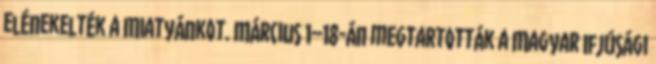
elénekelték a Miatyánkot. Március 1–18-án megtartották a Magyar Ifjúsági